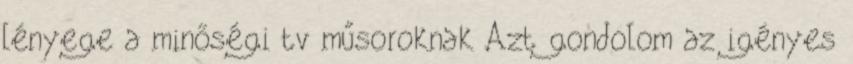
lényege a minőségi tv műsoroknak Azt gondolom az igényes